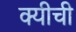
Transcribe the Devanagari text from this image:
क्यीची